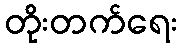
တိုးတက်ရေး